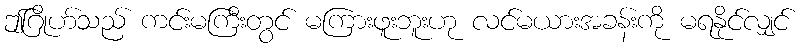
ဤဂြိုဟ်သည် ကင်းမကြီးတွင် မကြားဖူးဘူးဟု လင်မယားအခန်းကို မရနိုင်လျှင်